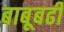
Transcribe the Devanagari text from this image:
बाबूबढी